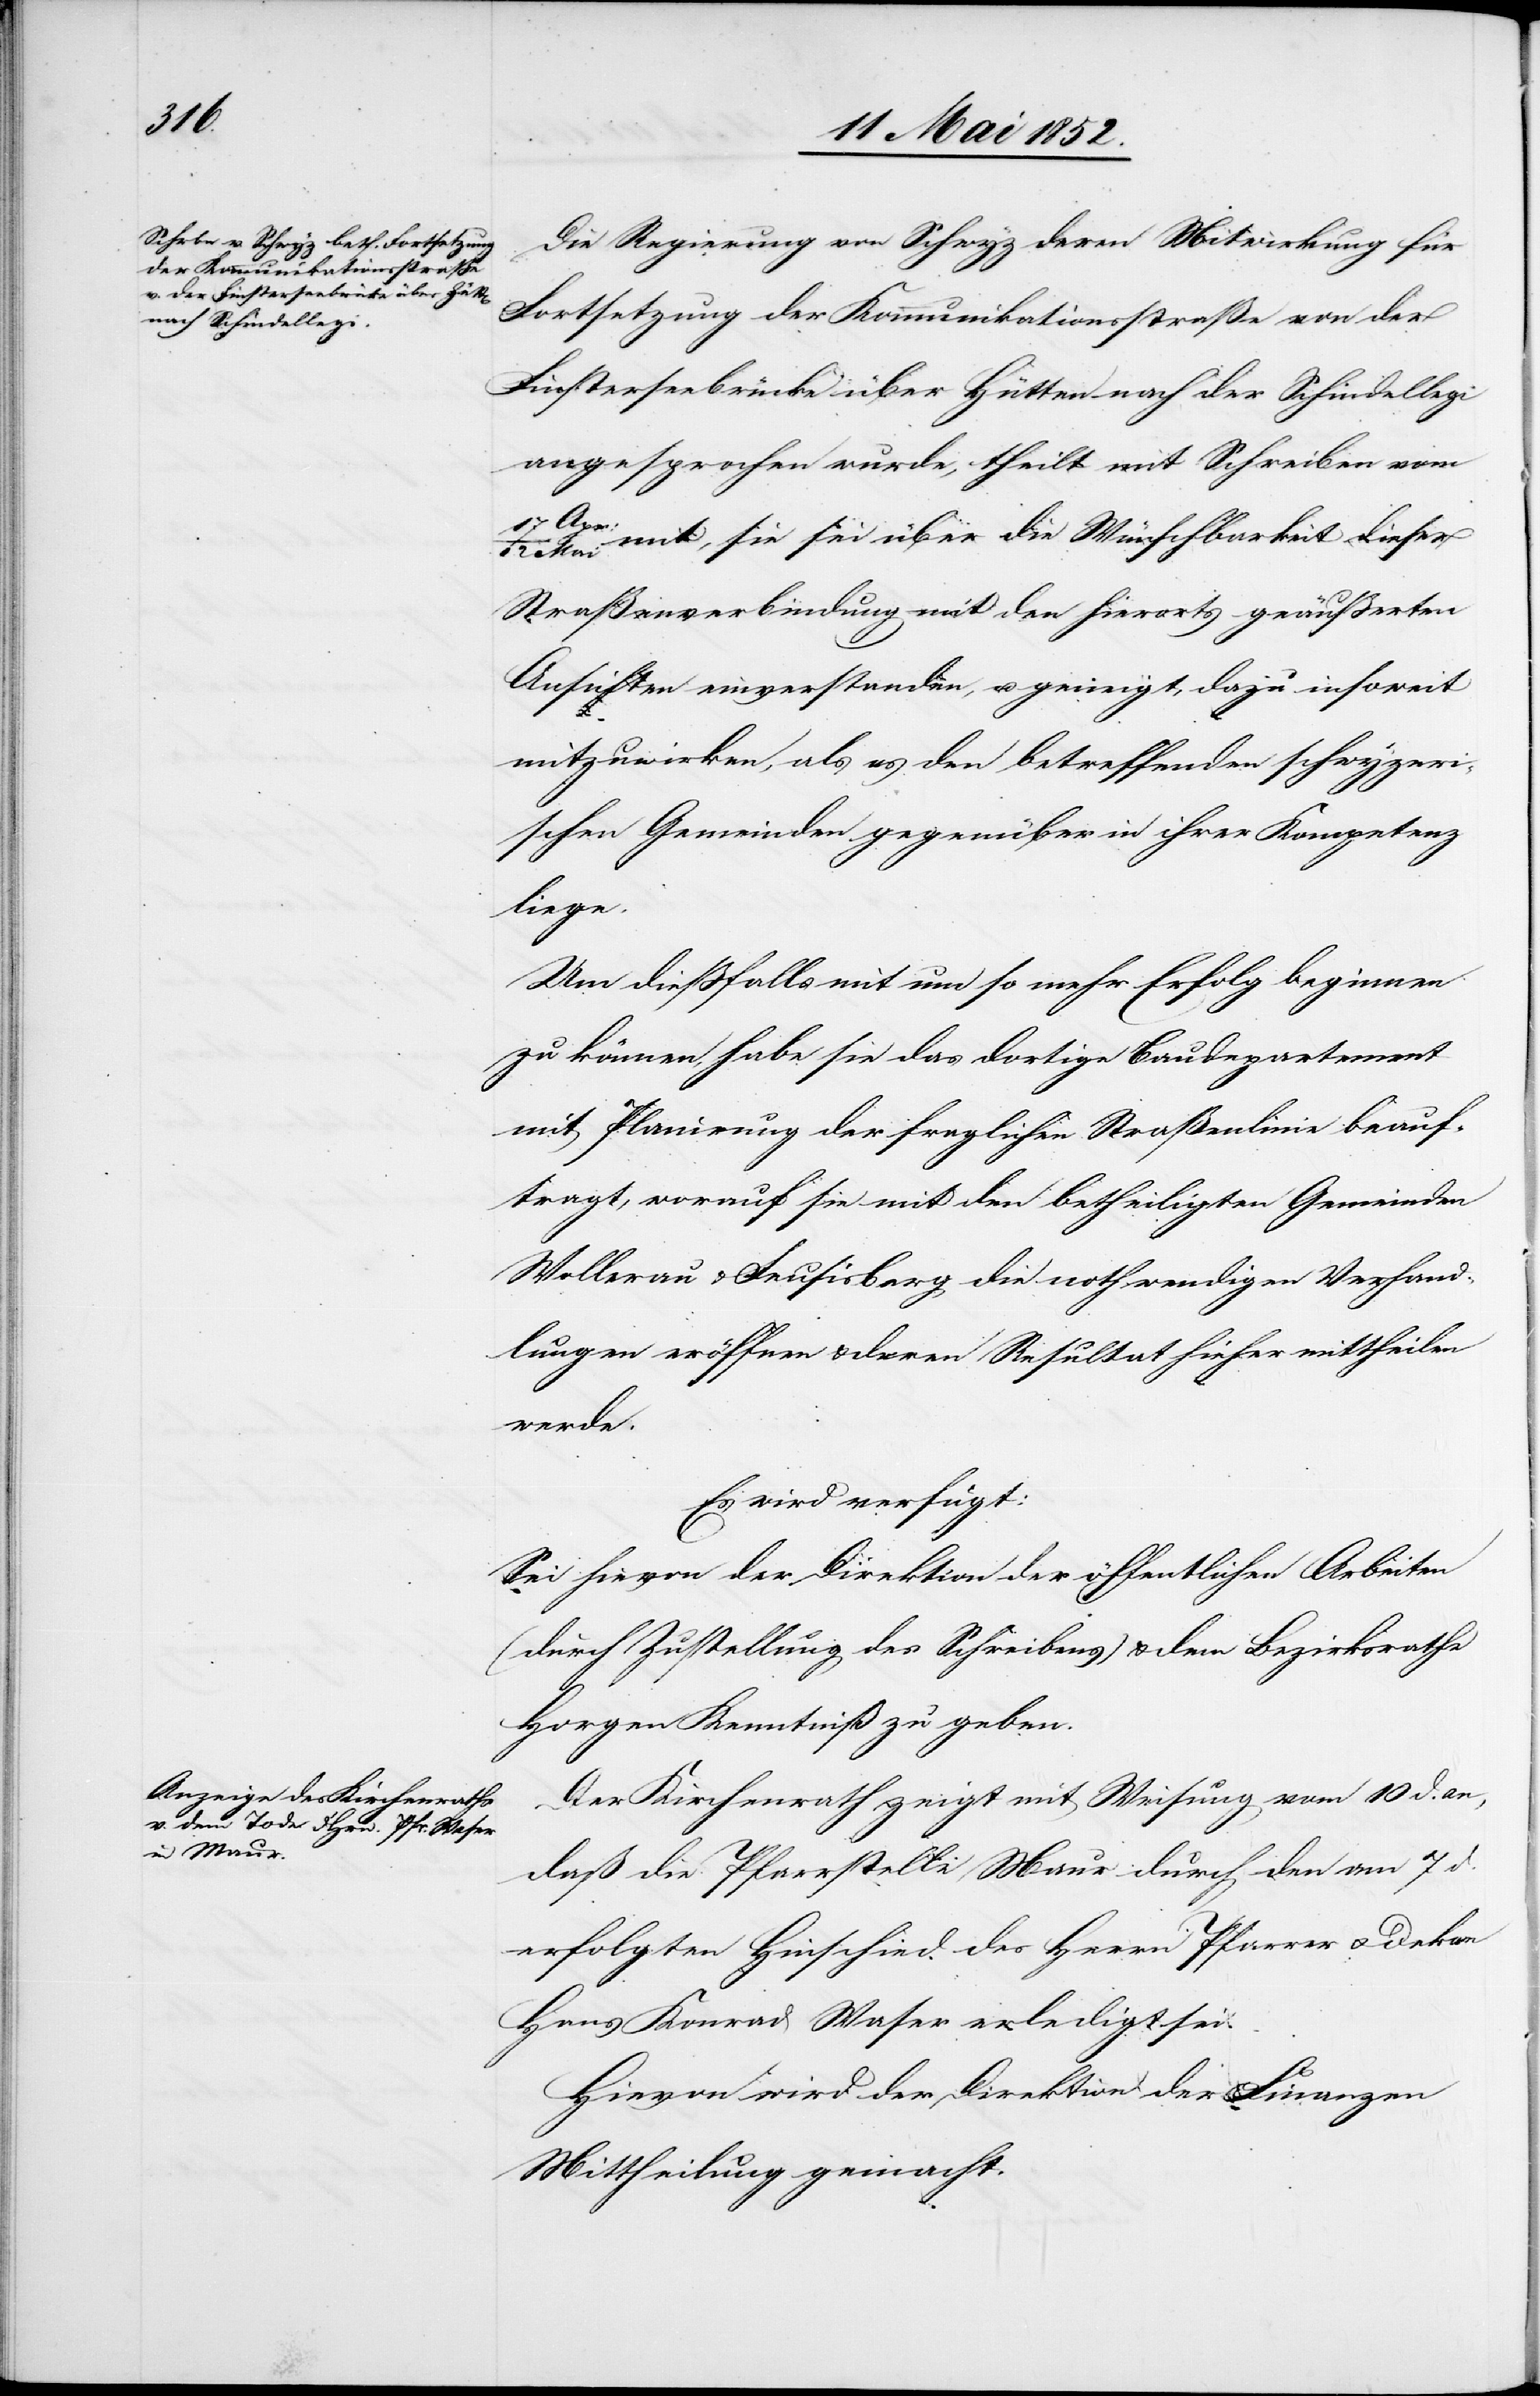
den

14 Mai 1852.]
Die Regierung von Schwyz deren Mitwirkung für
Fortsetzung der Kommunikationsstraße von der
Finsterseebrücke über Hütten nach der Schindellegi
angesprochen wurde, theilt mit Schreiben vom
17. Apr:
mit, sie sei über die Wünschbarkeit dieser
Straßenverbindung mit den hierorts geäusserten
Ansichten einverstanden, u. geneigt, dazu insoweit
mitzuwirken, als es den betreffenden schwyzeri¬
schen Gemeinden gegenüber in ihrer Kompetenz
liege.
Um diessfalls mit um so mehr Erfolg beginnen
zu können, habe sie das dortige Baudepartement
mit Planirung der fraglichen Straßenlinie beauf¬
tragt, worauf sie mit den betheiligten Gemeinden
Wollerau & Feusisberg die nothwendigen Verhand¬
lungen eröffnen & deren Resultat hieher mittheilen
werde.
Es wird verfügt:
Sei hievon der Direktion der öffentlichen Arbeiten
(durch Zustellung des Schreibens) & dem Bezirksrathe
Horgen Kenntniß zu geben.
Der Kirchenrath zeigt mit Weisung vom 10 d. an,
daß die Pfarrstelle Maur durch den am 7 d.
erfolgten Hinschied des Herrn Pfarrer & Dekan
Hans Konrad Waser erledigt sei.
Hievon wird der Direktion der Finanzen
Mittheilung gemacht.